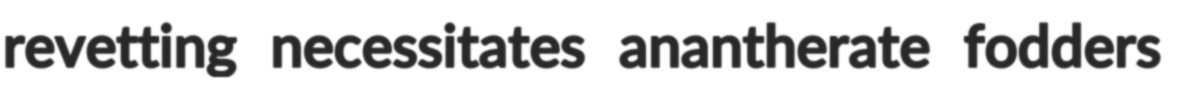
revetting necessitates anantherate fodders